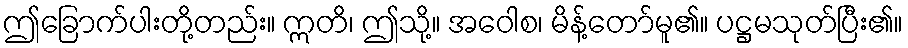
ဤခြောက်ပါးတို့တည်း။ ဣတိ၊ ဤသို့။ အဝေါစ၊ မိန့်တော်မူ၏။ ပဋ္ဌမသုတ်ပြီး၏။